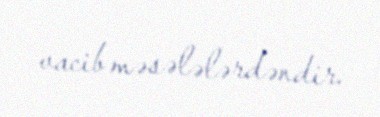
vacib məsələlərdəndir.